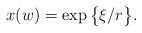
LaTeX: \begin{align*} x(w)=\exp\big\{\xi/r\big\}. \end{align*}